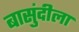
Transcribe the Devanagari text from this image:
बासुंदीला